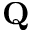
\mathbf { Q }